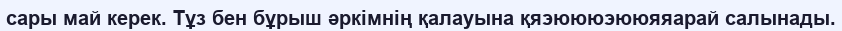
сары май керек. Тұз бен бұрыш әркімнің қалауына қяэюююэююяяарай салынады.